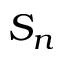
S _ { n }